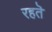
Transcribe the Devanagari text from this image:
रहतॆ